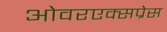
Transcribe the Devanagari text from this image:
ओवरएक्सप्रेस